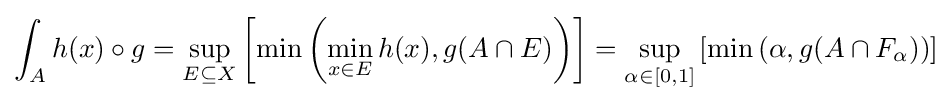
\int _{A}h(x)\circ g={\sup _{E\subseteq X}}\left[\min \left(\min _{x\in E}h(x),g(A\cap E)\right)\right]={\sup _{\alpha \in [0,1]}}\left[\min \left(\alpha ,g(A\cap F_{\alpha })\right)\right]